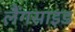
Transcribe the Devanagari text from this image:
लैंगसाइड